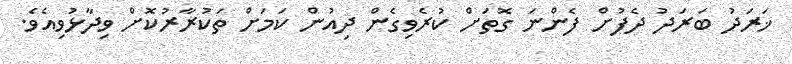
ޚަރަދު ބަރަދު ދެފުށް ފެންނަ ގޮތަށް ކުރެވިގެން ދިއުން ކަމަށް ތަކުރާރުކޮށް ވިދާޅުވިއެވެ.